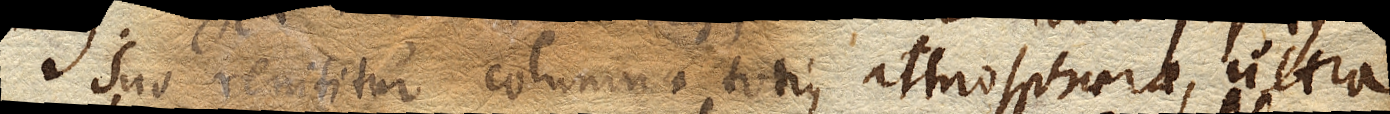
suo renititur columna totius atmosphaerae, ultra